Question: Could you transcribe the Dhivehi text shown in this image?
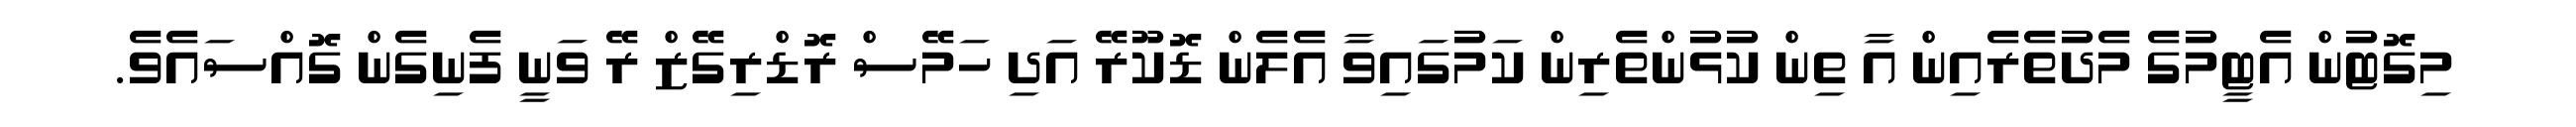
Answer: މިގޮޓުން އެޓީމުގެ މެދުތެރެއިން އާ ތިން ކުޅުންތެރިން ކަމުގައިވާ އެލެން ޑޮކޫރޭ އަދި ހަމޭސް ރޮޑްރިގޭޒް ރޭ ވަނީ ފެނިގެން ގޮއްސައެވެ.